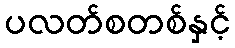
ပလတ်စတစ်နှင့်